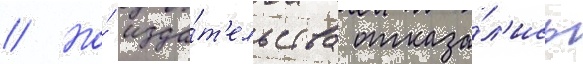
// Но́ изда́т'ельства отказа́л'ись